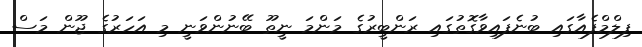
ފިލްމްފެއާގައި ބުނެފައިވާގޮތުގައި ރަންބީރުގެ މަންމަ ނީތޫ ބޭނުންވަނީ މި އަހަރުގެ ޖޫން މަސް